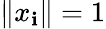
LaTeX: \| x_{\mathbf{i}}\| =1